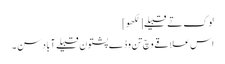
لوک تے قبیلے[لکھو]
اس علاقے وچ تن وڈے پشتون قبیلے آباد سن ۔